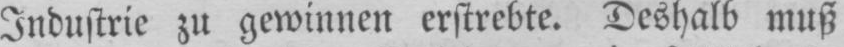
Industrie zu gewinnen erstrebte. Deshalb muß